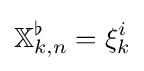
\mathbb {X} _{k,n}^{\flat }=\xi _{k}^{i}